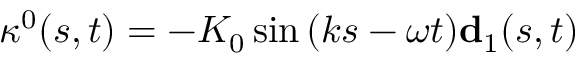
\boldsymbol { \kappa } ^ { 0 } ( s , t ) = - K _ { 0 } \sin { ( k s - \omega t ) } \mathbf { d } _ { 1 } ( s , t )